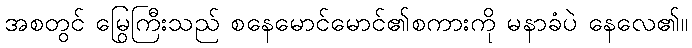
အစတွင် မြွေကြီးသည် စနေမောင်မောင်၏စကားကို မနာခံပဲ နေလေ၏။